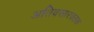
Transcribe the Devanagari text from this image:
अतिवसारक्तक